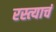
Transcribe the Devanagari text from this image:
रस्त्याचं